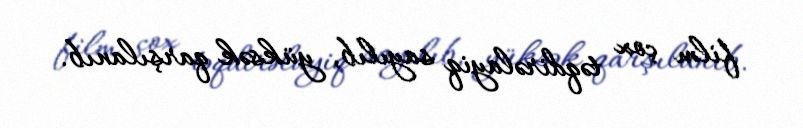
film çox təqdirəlayiq sayılıb, yüksək qarşılanıb.